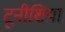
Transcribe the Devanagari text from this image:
टूनीशिया